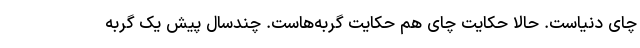
چای دنیاست. حالا حکایت چای هم حکایت گربه‌هاست. چندسال پیش یک گربه